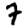
Digit: 7